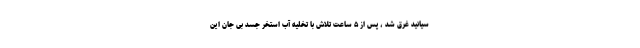
سیانید غرق شد ، پس از ۵ ساعت تلاش با تخلیه آب استخر جسد بی جان این